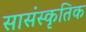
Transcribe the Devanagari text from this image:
सासंस्कृतिक